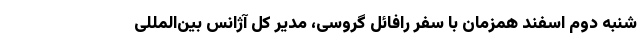
شنبه دوم اسفند همزمان با سفر رافائل گروسی، مدیر کل آژانس بین‌المللی